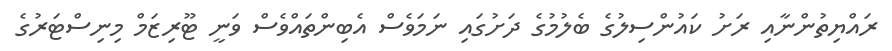
ރައްޔިތުންނާއި ރަށު ކައުންސިލުގެ ބެލުމުގެ ދަށުގައި ނަމަވެސް އެބިންތައްވެސް ވަނީ ޓޫރިޒަމް މިނިސްޓަރުގެ